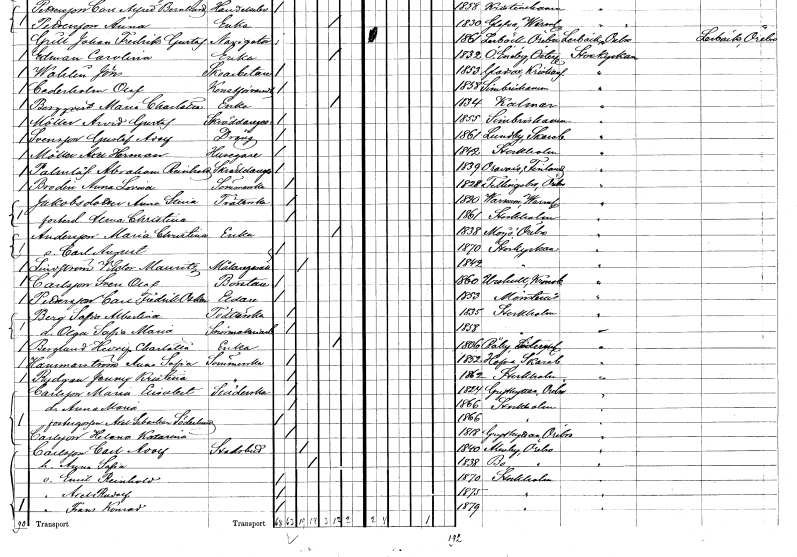
gt_parse: households: individuals: FN: Gustaf Adolf
EN: Svensson
YRKE: Dräng
KON: M
CIV: O
FODAR: 1861
FODFORS: Lundby Skaraborgs län
FN: Axel Herman
EN: Möller
YRKE: Husägare
KON: M
CIV: O
FODAR: 1842
FODFORS: Stockholm
FN: Abraham Reinhold
EN: Palmlöf
YRKE: Skräddaregesäll
KON: M
CIV: O
FODAR: 1839
FN: Anna Lovisa
EN: Brodin
YRKE: Sömmerska
KON: K
CIV: O
FODAR: 1828
FODFORS: Fellingsbro Örebro län
FN: Anna Stina
EN: Jakobsdotter
YRKE: Tvätterska
KON: K
CIV: O
FODAR: 1820
FODFORS: Varnum Värmlands län
FN: Alma Christina
KON: K
CIV: O
FODAR: 1861
FODFORS: Stockholm
FN: Maria Christina
EN: Andersson
YRKE: Änka
KON: K
CIV: E
FODAR: 1838
FODFORS: Mosjö Örebro län
FN: Carl August
KON: M
CIV: O
FODAR: 1870
FODFORS: Storkyrkoförsamlingen Stockholms stad
FN: Victor Mauritz
EN: Lindström
YRKE: Målaregesäll
KON: M
CIV: G
FODAR: 1842
FODFORS: Storkyrkoförsamlingen Stockholms stad
FN: Sven Olof
EN: Carlsson
YRKE: Borstare
KON: M
CIV: O
FODAR: 1860
FODFORS: Urshult Kronobergs län
FN: Carl Fredrik Oskar
EN: Pettersson
YRKE: Eldare
KON: M
CIV: O
FODAR: 1853
FODFORS: Mönsterås Kalmar län
FN: Sofia Albertina
EN: Berg
YRKE: Tvätterska
KON: K
CIV: O
FODAR: 1835
FODFORS: Stockholm
FN: Olga Sofia Maria
YRKE: Snörmakeriarbeterska
KON: K
CIV: O
FODAR: 1858
FODFORS: Stockholm
FN: Hedvig Charlotta
EN: Berglund
YRKE: Änka
KON: K
CIV: E
FODAR: 1806
FODFORS: Råby Södermanlands län
FN: Anna Sofia
EN: Hammarström
YRKE: Sömmerska
KON: K
CIV: O
FODAR: 1832
FODFORS: Hova Skaraborgs län
FN: Jenny Kristina
EN: Rydgren
YRKE: Sömmerska
KON: K
CIV: O
FODAR: 1862
FODFORS: Stockholm
FN: Maria Elisabet
EN: Carlsson
YRKE: Städerska
KON: K
CIV: O
FODAR: 1824
FODFORS: Grythyttan Örebro län
FN: Anna Maria
KON: K
CIV: O
FODAR: 1866
FODFORS: Stockholm
FN: Axel Sebastian
EN: Söderholm
KON: M
CIV: O
FODAR: 1866
FODFORS: Stockholm
FN: Helena Katarina
EN: Carlsson
KON: K
CIV: O
FODAR: 1818
FODFORS: Grythyttan Örebro län
FN: Carl Adolf
EN: Carlsson
YRKE: Stadsbud
KON: M
CIV: G
FODAR: 1840
FODFORS: Almby Örebro län
FN: Anna Sofia
KON: K
CIV: G
FODAR: 1838
FODFORS: Bo Örebro län
FN: Emil Reinhold
KON: M
CIV: O
FODAR: 1870
FODFORS: Stockholm
FN: Axel Rudolf
KON: M
CIV: O
FODAR: 1875
FODFORS: Stockholm
FN: Frans Konrad
KON: M
CIV: O
FODAR: 1879
FODFORS: Stockholm